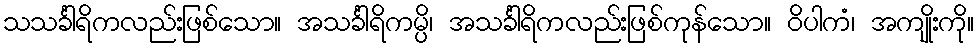
သသင်္ခါရိကလည်းဖြစ်သော။ အသင်္ခါရိကမ္ပိ၊ အသင်္ခါရိကလည်းဖြစ်ကုန်သော။ ဝိပါကံ၊ အကျိုးကို။